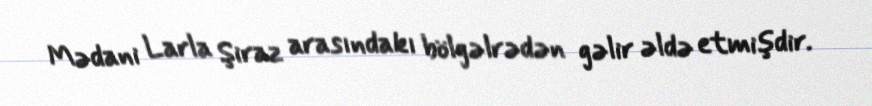
Mədani Larla Şiraz arasındakı bölgəlrədən gəlir əldə etmişdir.